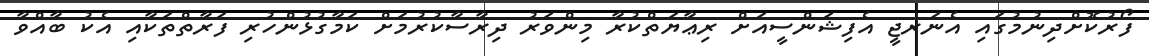
ފޯރުކޮށްދިނުމުގައި އެނަރޖީ އެފިޝަންސީއަށް ރިޢާޔަތްކުރާ މިންވަރު ދިރާސާކުރުމަށް ކަމާގުޅުންހުރި ފަރާތްތަކާއި އެކު ބާއްވާ